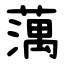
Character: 蕅